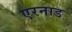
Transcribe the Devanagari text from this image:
एरनाड